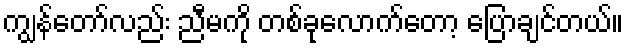
ကျွန်တော်လည်း ညီမကို တစ်ခုလောက်တော့ ပြောချင်တယ်။